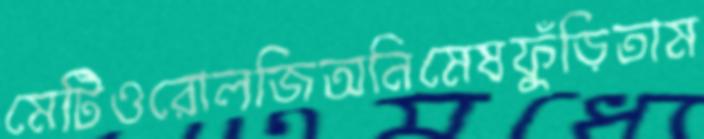
মেটিওরোলজিঅনিমেষফুঁড়িতাম